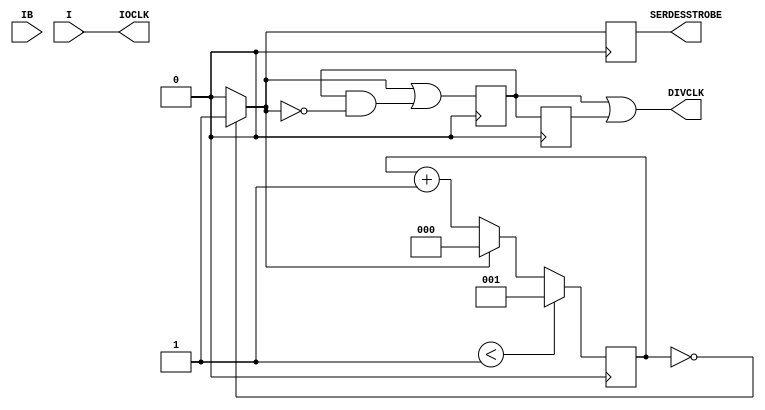
///////////////////////////////////////////////////////////////////////////////
// Copyright (c) 1995/2007 Xilinx, Inc.
// All Right Reserved.
///////////////////////////////////////////////////////////////////////////////
//   ____  ____
//  /   /\/   /
// /___/  \  /    Vendor : Xilinx
// \   \   \/     Version : 10.1
//  \   \         Description : Xilinx Formal Library Component
//  /   /                  I/O Clock Buffer/Divider for the Spartan Series
// /___/   /\     Filename : BUFIO2_2CLK.v
// \   \  /  \    Timestamp : Tue Feb 12 16:34:29 PST 2008
//  \___\/\___\
//
// Revision:
//    02/12/08 - Initial version.
// End Revision

`timescale  1 ps / 1 ps

module BUFIO2_2CLK (DIVCLK, IOCLK, SERDESSTROBE, I, IB);



  parameter integer DIVIDE = 2;        // {2..8}


    output DIVCLK; 
    output IOCLK; 
    output SERDESSTROBE; 

    input I; 
    input IB; 

// Output signals 
    reg  divclk_out=0, ioclk_out=0, serdesstrobe_out=0;

// Counters and Flags
    reg [2:0] ce_count = 0;
    reg [2:0] edge_count = 0;
    reg [2:0] RisingEdgeCount = 0;
    reg [2:0] FallingEdgeCount = 0;
    reg TriggerOnRise = 0; // FP

    reg allEqual=0, RisingEdgeMatch=0, FallingEdgeMatch=0,  match=0, nmatch=0;

    reg divclk_int=0;
    reg i1_int=0, i2_int=0;

// Attribute settings

// Other signals
    reg attr_err_flag = 0;

//-----------------------------------------------------------------------------------

// =====================
// clock doubler
// =====================
    always @(posedge I) begin
        i1_int = 1;
        #100 i1_int = 0;
    end

    always @(posedge IB) begin
        i2_int = 1;
        #100  i2_int = 0;
    end

    assign doubled_clk_int = i1_int | i2_int;


// =====================
// Count the rising edges of the clk
// =====================
// CR 512001  -- for various DIVIDE widths, the count is set differently to match the hw startup      
   generate
      case(DIVIDE)
         2,4,6,8 : begin

                    always @(posedge doubled_clk_int) begin
                       if($time < 1 )
                            edge_count <= DIVIDE-1;   //001  for 5 and 7
                       else if (allEqual)
                            edge_count <= 3'b000;
                       else
                            edge_count <= edge_count + 1;
                    end
         end
         3,5,7 : begin
               //for 1, 3, 5 and 7 below

                    always @(posedge doubled_clk_int) begin
                       if($time < 1 )
                            edge_count <= 3'b001;   //001  for 5 and 7
                       else if (allEqual)
                            edge_count <= 3'b000;
                       else
                            edge_count <= edge_count + 1;
                    end
        end
      endcase
    endgenerate
 
//  Generate synchronous reset after DIVIDE number of counts
    always @(edge_count) 
        if (edge_count == ce_count) 
           allEqual = 1;
        else
          allEqual = 0;

// =====================
// Generate IOCE
// =====================
    always @(posedge doubled_clk_int)
        serdesstrobe_out <= allEqual;
 
// =====================
// Generate IOCLK
// =====================
    always @(I)
        ioclk_out <= I;
 
// =====================
// Generate Divided Clock
// =====================
    always @(edge_count)
       if (edge_count == RisingEdgeCount)
           RisingEdgeMatch = 1;
       else
           RisingEdgeMatch = 0;

    always @(edge_count)
       if (edge_count == FallingEdgeCount)
           FallingEdgeMatch = 1;
       else
           FallingEdgeMatch = 0;

    always @(posedge doubled_clk_int)
          match <= RisingEdgeMatch | (match & ~FallingEdgeMatch);

    always @(negedge doubled_clk_int)
         if(~TriggerOnRise) 
            nmatch <= match; 
         else 
            nmatch <= 0;   

    always@(match or nmatch) divclk_int = match | nmatch;

// IR 497760 fix
    always @(divclk_int or doubled_clk_int)
         divclk_out = (DIVIDE == 1)? ioclk_out : divclk_int;




    assign DIVCLK  = divclk_out;
    assign IOCLK   = ioclk_out;
    assign SERDESSTROBE = serdesstrobe_out;

endmodule // BUFIO2_2CLK